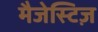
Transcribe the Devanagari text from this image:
मैजेस्टिज़